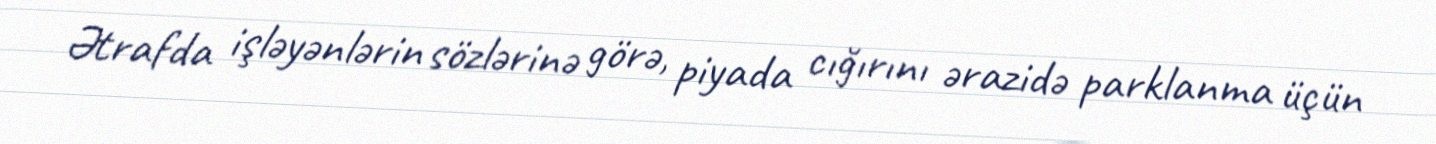
Ətrafda işləyənlərin sözlərinə görə, piyada cığırını ərazidə parklanma üçün